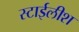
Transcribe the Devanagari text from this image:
स्टाईलीश